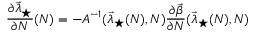
\frac { \partial \vec { \lambda } _ { \star } } { \partial N } ( N ) = - A ^ { - 1 } ( \vec { \lambda } _ { \star } ( N ) , N ) \frac { \partial \vec { \beta } } { \partial N } ( \vec { \lambda } _ { \star } ( N ) , N )